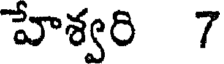
హేశ్వరి 7